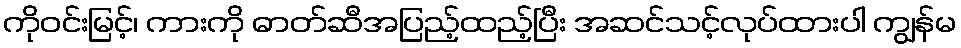
ကိုဝင်းမြင့်၊ ကားကို ဓာတ်ဆီအပြည့်ထည့်ပြီး အဆင်သင့်လုပ်ထားပါ ကျွန်မ